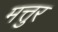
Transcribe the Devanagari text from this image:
मत्तुर